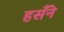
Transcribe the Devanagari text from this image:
हसँने